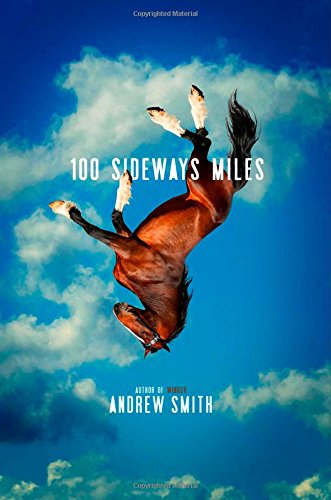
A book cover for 100 Sideways Miles; Andrew Smith; Health, Fitness & Dieting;